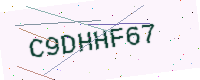
Text: C9DHHF67